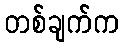
တစ်ချက်က